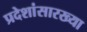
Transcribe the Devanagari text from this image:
प्रदेशांसारख्या